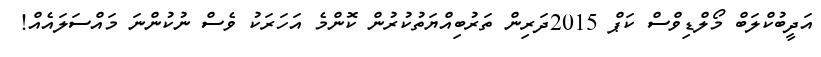
އަދީބުކްލަބް މޯލްޑިވްސް ކަޕް 2015ދަރިން ތަރުބިއްޔަތުކުރުން ކޮންމެ އަހަރަކު ވެސް ނުކުންނަ މައްސަލައެއް!